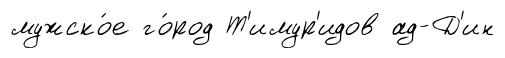
мужско́е го́род Т'имур'идов ад-Д'ин